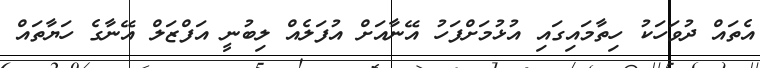
އެތައް ދުވަހަކު ހިތާމައިގައި އުޅުމަށްފަހު އޭނާއަށް އުފަލެއް ލިބުނީ އަފްޒަލް އޭނާގެ ހަޔާތައް